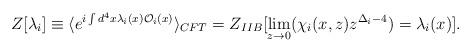
LaTeX: \begin{align*}Z[\lambda_i] \equiv \langle e^{i \int d^4x \lambda_i(x) {\cal O}_i(x)}\rangle_{CFT} = Z_{IIB}[\lim_{z \to 0}(\chi_i(x,z) z^{\Delta_i-4}) = \lambda_i(x)].\end{align*}